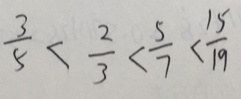
\frac { 3 } { 5 } < \frac { 2 } { 3 } < \frac { 5 } { 7 } < \frac { 1 5 } { 1 9 }